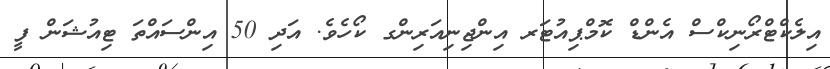
އިލެކްޓްރޯނިކްސް އެންޑް ކޮމްޕިއުޓަރ އިންޖިނިއަރިންގ ކޯހެވެ. އަދި 50 އިންސައްތަ ޓިއުޝަން ފީ